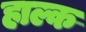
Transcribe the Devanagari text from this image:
हाल्क